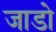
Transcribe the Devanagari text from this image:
जाडो